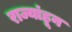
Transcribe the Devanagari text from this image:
राज्यांहून